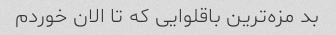
بد مزه‌ترین باقلوایی که تا الان خوردم